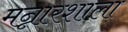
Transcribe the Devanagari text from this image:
मन्नारशाला